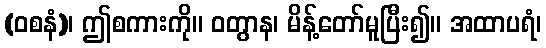
(ဝစနံ)၊ ဤစကားကို။ ဝတွာန၊ မိန့်တော်မူပြီး၍။ အထာပရံ၊